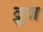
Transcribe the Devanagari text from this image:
द्रूज